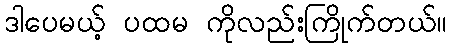
ဒါပေမယ့် ပထမ ကိုလည်းကြိုက်တယ်။